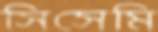
সিসেমি